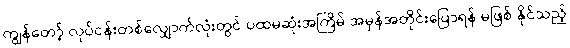
ကျွန်တော့် လုပ်ငန်းတစ်လျှောက်လုံးတွင် ပထမဆုံးအကြိမ် အမှန်အတိုင်းပြောရန် မဖြစ် နိုင်သည့်